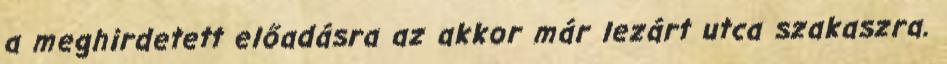
a meghirdetett előadásra az akkor már lezárt utca szakaszra.